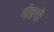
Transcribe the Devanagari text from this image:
मीडची